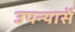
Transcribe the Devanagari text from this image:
उपन्यासें